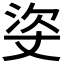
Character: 𰛳